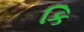
કિ